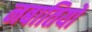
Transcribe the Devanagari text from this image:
नबातियों